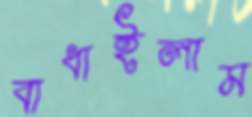
বাধাইলাম